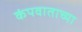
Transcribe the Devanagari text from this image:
कंपवाताच्या